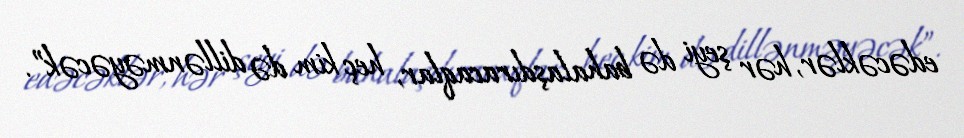
edəcəklər, hər şeyi də bahalaşdıracaqlar, heç kim də dillənməyəcək”.